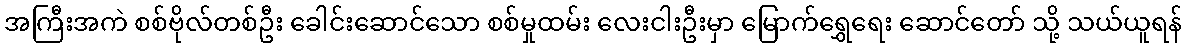
အကြီးအကဲ စစ်ဗိုလ်တစ်ဦး ခေါင်းဆောင်သော စစ်မှုထမ်း လေးငါးဦးမှာ မြောက်ရွှေရေး ဆောင်တော် သို့ သယ်ယူရန်